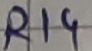
Text: R14